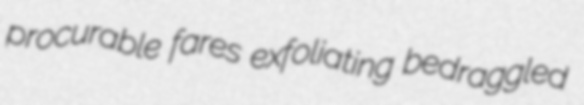
procurable fares exfoliating bedraggled